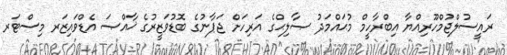
ރައީސުލްޖުމްހޫރިއްޔާ އިބްރާހީމް މުޙައްމަދު ޞާލިޙްގެ އަރިހަށް ޖަޕާނުގެ ބޮޑުވަޒީރުގެ ޚާއްޞަ އެޑްވައިޒަރ މިސްޓަރ